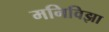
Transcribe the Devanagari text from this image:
मनिविझा